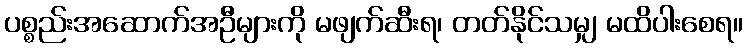
ပစ္စည်းအဆောက်အဦများကို မဖျက်ဆီးရ၊ တတ်နိုင်သမျှ မထိပါးစေရ။